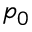
p _ { 0 }